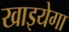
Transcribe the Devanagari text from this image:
खाइयेगा